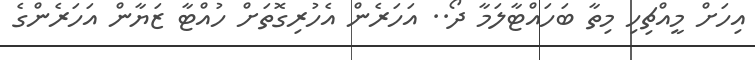
އިހަށް މީއްޗިހި މިތާ ބަހައްޓާލަމާ ދޯ.. އަހަރެން އެހުރިގޮތަށް ހުއްޓާ ޒަޔާން އަހަރެންގެ